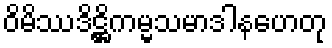
ဝိမိဿဒိဋ္ဌိကမ္မသမာဒါနဟေတု